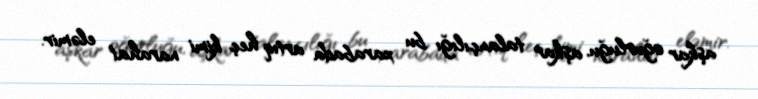
aşkar oğurluğu, aşkar talançılığı bu xarabada artıq heç kimi narahat eləmir.